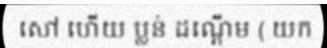
សៅ ហើយ ប្លន់ ដណ្តើម ( យក